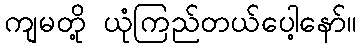
ကျမတို့ ယုံကြည်တယ်ပေါ့နော်။